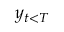
y _ { t < T }